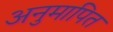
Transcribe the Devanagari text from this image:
अनुमापित